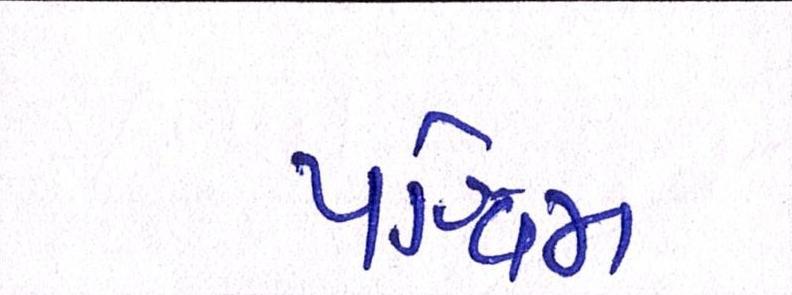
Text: પશ્ચિમ